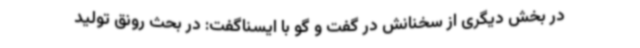
در بخش دیگری از سخنانش در گفت و گو با ایسناگفت: در بحث رونق تولید